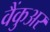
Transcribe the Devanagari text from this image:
वैंकुअर